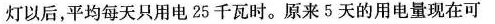
灯以后，平均每天只用电25千瓦时。原来5天的用电量现在可